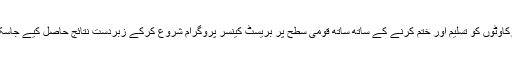
لہٰذا ان رکاوٹوں کو تسلیم اور ختم کرنے کے ساتھ ساتھ قومی سطح پر بریسٹ کینسر پروگرام شروع کرکے زبردست نتائج حاصل کیے جاسکتے ہیں۔